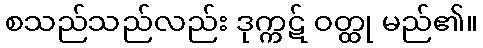
စသည်သည်လည်း ဒုက္ကဋ် ဝတ္ထု မည်၏။